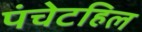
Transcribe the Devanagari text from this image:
पंचेटहिल